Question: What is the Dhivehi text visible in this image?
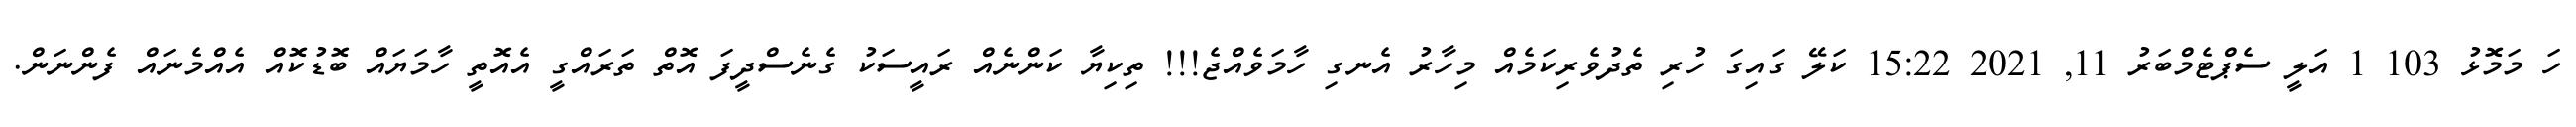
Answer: ހަ މަމޮޅު 103 1 އަލީ ސެޕްޓެމްބަރު 11, 2021 15:22 ކަލޭ ގައިގަ ހުރި ތެދުވެރިކަމެއް މިހާރު އެނގި ހާމަވެއްޖެ!!! ތިކިޔާ ކަންނެއް ރައީސަކު ގެނެސްދީފަ އޮތް ތަރައްގީ އެއޮތީ ހާމަޔައް ބޮޑުކޮއް އެއްމެނައް ފެންނަން.